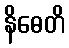
နိဓေတိ